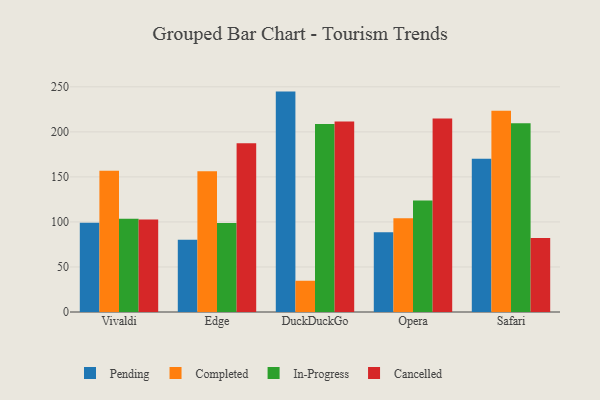
{"axis": {"x": "Browser", "y": "Website Visitors"}, "legend": ["Cancelled", "Completed", "In-Progress", "Pending"], "data": [{"x": "Vivaldi", "y": 99.2, "type": "Pending"}, {"x": "Vivaldi", "y": 156.7, "type": "Completed"}, {"x": "Vivaldi", "y": 103.5, "type": "In-Progress"}, {"x": "Vivaldi", "y": 102.7, "type": "Cancelled"}, {"x": "Edge", "y": 80.3, "type": "Pending"}, {"x": "Edge", "y": 156.2, "type": "Completed"}, {"x": "Edge", "y": 98.7, "type": "In-Progress"}, {"x": "Edge", "y": 187.3, "type": "Cancelled"}, {"x": "DuckDuckGo", "y": 244.7, "type": "Pending"}, {"x": "DuckDuckGo", "y": 34.7, "type": "Completed"}, {"x": "DuckDuckGo", "y": 208.7, "type": "In-Progress"}, {"x": "DuckDuckGo", "y": 211.6, "type": "Cancelled"}, {"x": "Opera", "y": 88.6, "type": "Pending"}, {"x": "Opera", "y": 104.1, "type": "Completed"}, {"x": "Opera", "y": 123.9, "type": "In-Progress"}, {"x": "Opera", "y": 214.9, "type": "Cancelled"}, {"x": "Safari", "y": 170.1, "type": "Pending"}, {"x": "Safari", "y": 223.5, "type": "Completed"}, {"x": "Safari", "y": 209.6, "type": "In-Progress"}, {"x": "Safari", "y": 82.1, "type": "Cancelled"}]}